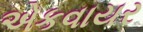
એકવાયર